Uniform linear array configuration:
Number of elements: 24
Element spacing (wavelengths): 0.25
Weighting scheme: blackman
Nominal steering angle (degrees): -15
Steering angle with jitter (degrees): -13.95
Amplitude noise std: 0.05
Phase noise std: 0.05

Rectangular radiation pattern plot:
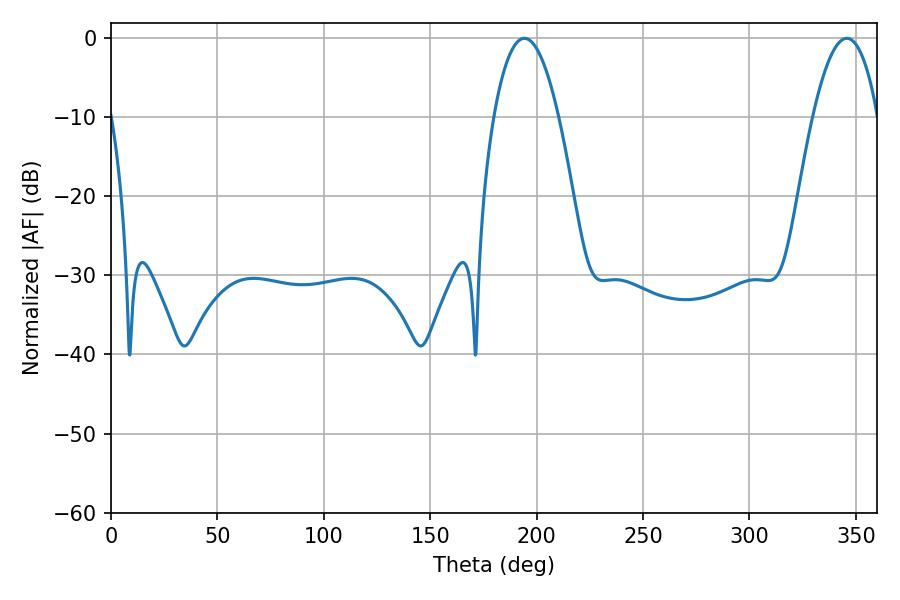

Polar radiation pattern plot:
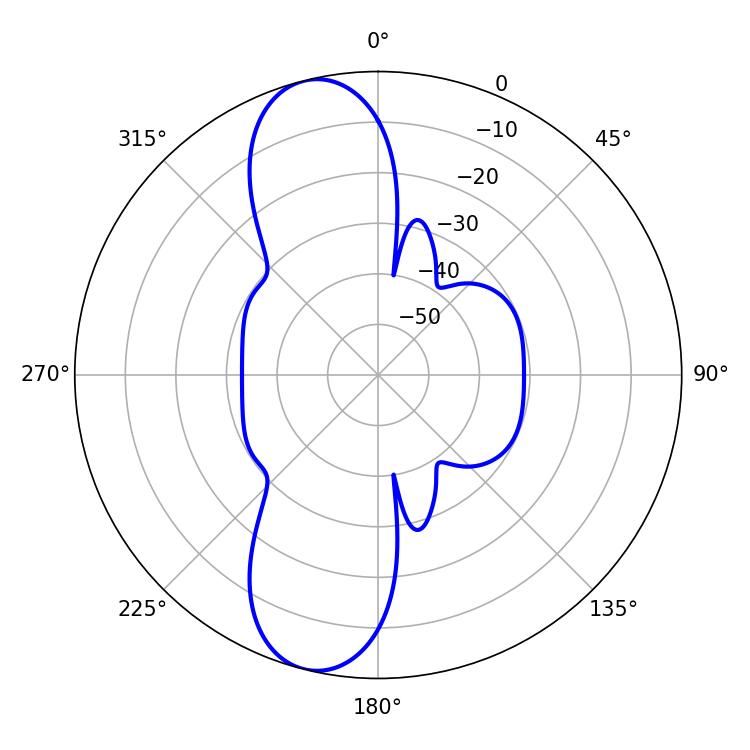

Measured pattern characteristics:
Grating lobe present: FALSE
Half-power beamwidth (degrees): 16.74
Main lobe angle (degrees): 194.22